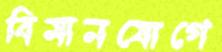
বিমানযোগে